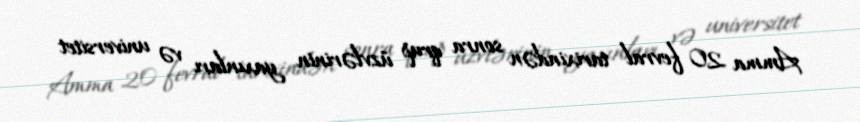
Amma 20 fevral tarixindən sonra qrup üzvlərinin yaxınları və universitet